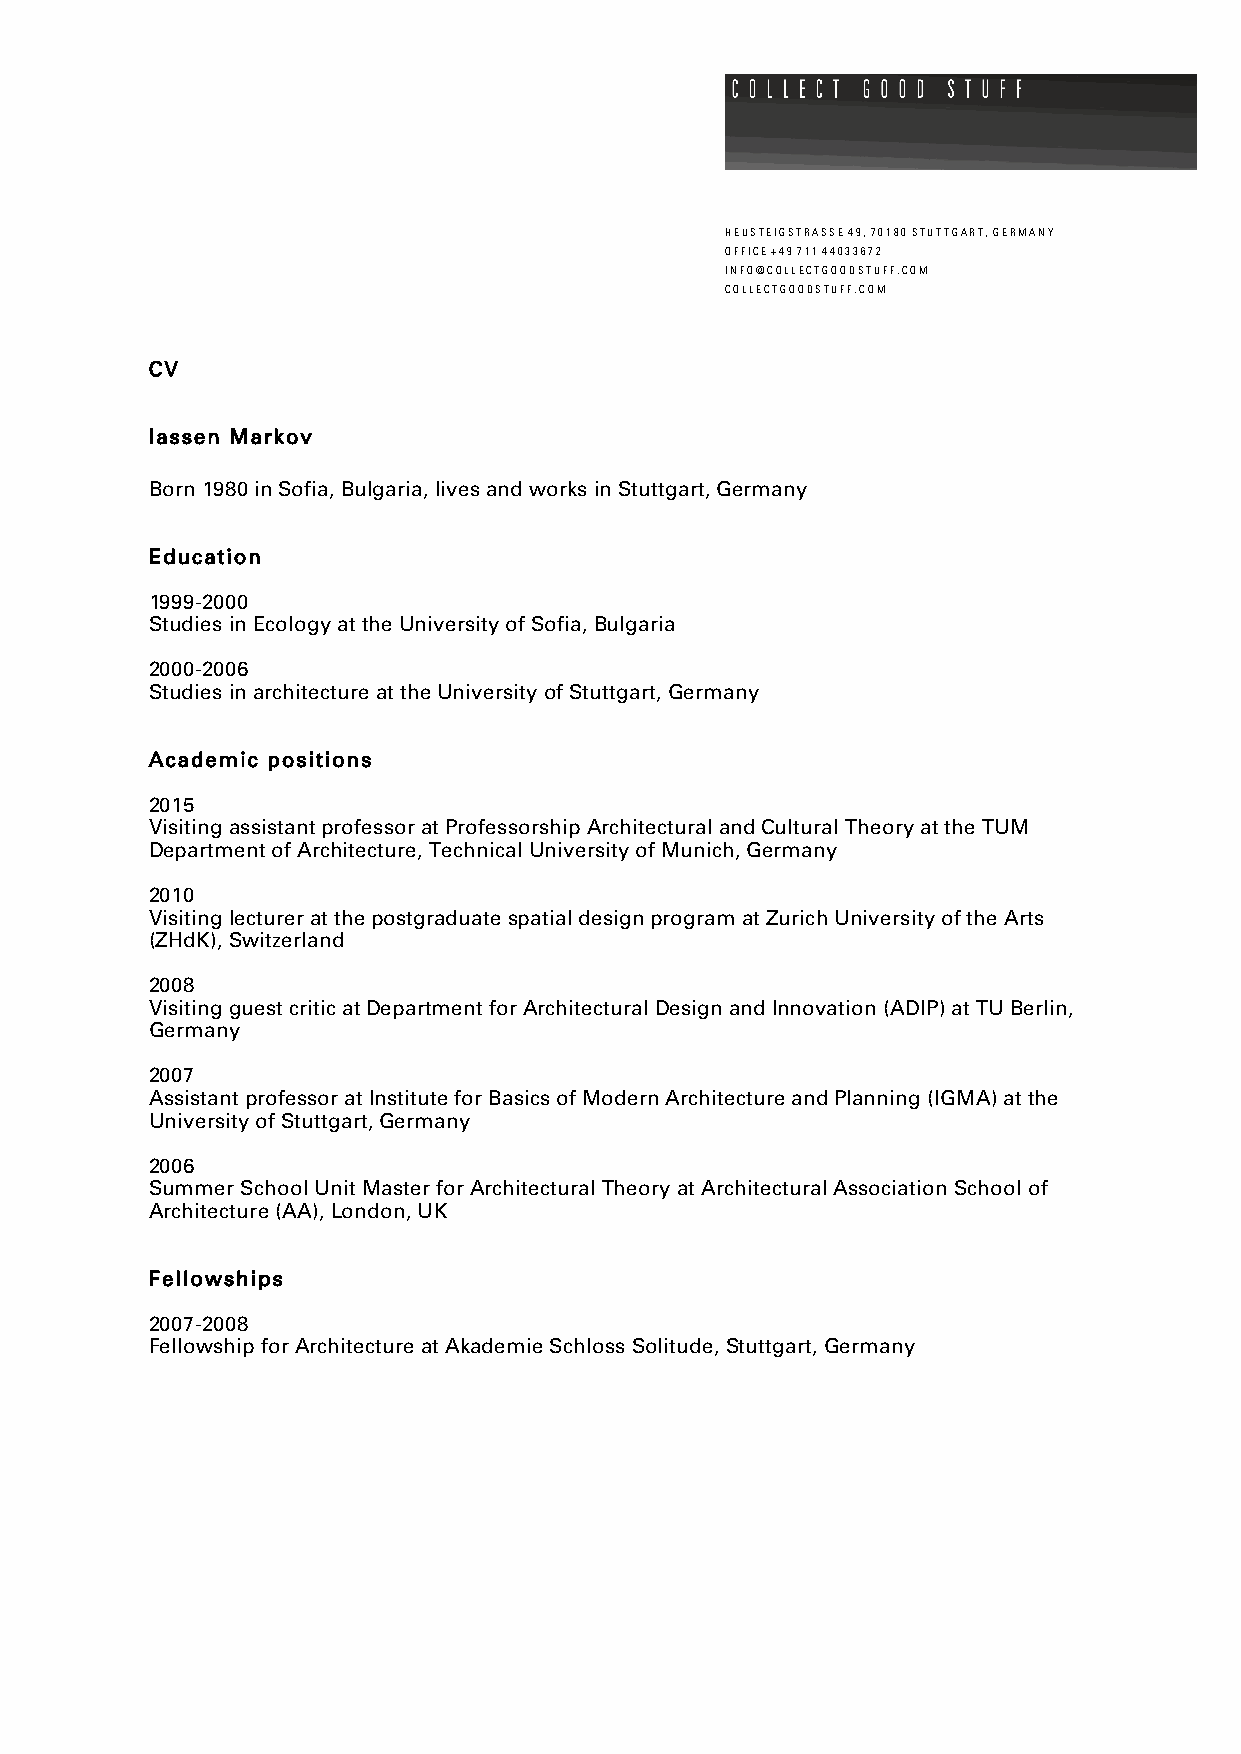
H E U S T E I G S T R A S S E 4 9 , 7 0 1 8 0 S T U T T G A R T , G E R M A N Y
 O F F I C E + 4 9 7 1 1 4 4 0 3 3 6 7 2
 I N F O @ C O L L E C T G O O D S T U F F . C O M
 C O L L E C T G O O D S T U F F . C O M
 CV
 Iassen Markov
 Born 1980 in Sofia, Bulgaria, lives and works in Stuttgart, Germany
 Education
 1999-2000
 Studies in Ecology at the University of Sofia, Bulgaria
 2000-2006
 Studies in architecture at the University of Stuttgart, Germany
 Academic positions
 2015
 Visiting assistant professor at Professorship Architectural and Cultural Theory at the TUM
 Department of Architecture, Technical University of Munich, Germany
 2010
 Visiting lecturer at the postgraduate spatial design program at Zurich University of the Arts
 (ZHdK), Switzerland
 2008
 Visiting guest critic at Department for Architectural Design and Innovation (ADIP) at TU Berlin,
 Germany
 2007
 Assistant professor at Institute for Basics of Modern Architecture and Planning (IGMA) at the
 University of Stuttgart, Germany
 2006
 Summer School Unit Master for Architectural Theory at Architectural Association School of
 Architecture (AA), London, UK
 Fellowships
 2007-2008
 Fellowship for Architecture at Akademie Schloss Solitude, Stuttgart, Germany